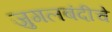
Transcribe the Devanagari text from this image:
जुगलबंदीचे